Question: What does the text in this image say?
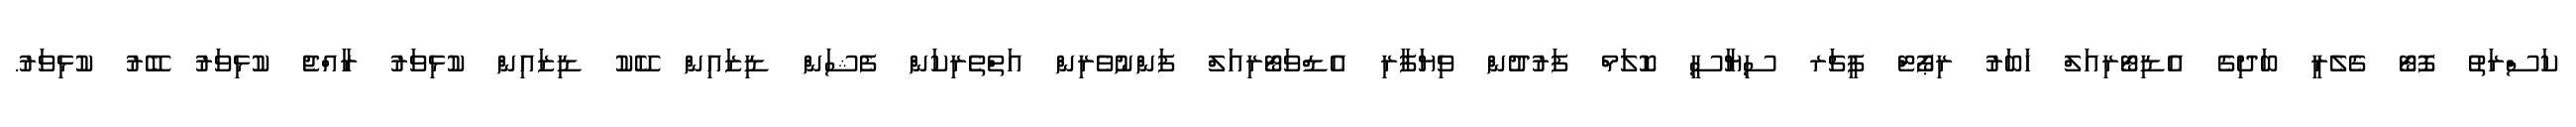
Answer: ކަސްރަތު ފޮޓޯ ގެލެރީ ބަދިގެ އެޑިޓޯރިއަލް ޚަބަރު ރިޕޯޓް ފީޗަރ ސިޔާސީ ކޮލަމް ފަރުދުން ވިޔަފާރި އެޑްވަޓޯރިއަލް ފަންނުވެރިން އަތްތެރިކަން ފެޝަން ޑިޒައިން ކޭކު ޑިޒައިން ކުޅިވަރު ރާއްޖެ ކުޅިވަރު ބޭރު ކުޅިވަރު.